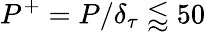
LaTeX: P^{+}=P/\delta_{\tau}\lessapprox 50